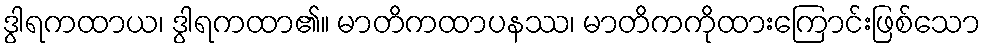
ဒွါရကထာယ၊ ဒွါရကထာ၏။ မာတိကထာပနဿ၊ မာတိကကိုထားကြောင်းဖြစ်သော